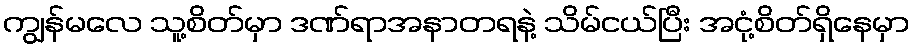
ကျွန်မလေ သူ့စိတ်မှာ ဒဏ်ရာအနာတရနဲ့ သိမ်ငယ်ပြီး အငုံ့စိတ်ရှိနေမှာ